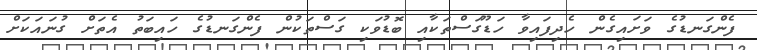
ފެންގަނޑުގެ ވަށައިގެން ހެދިފައިވާ ހަޑޫގަސްތަކާއި ބޮޑުވަކި ގަސްތަކުން ފެންގަނޑުގެ ހައިބަތު އެތަށް ގުނައަކަށް